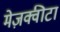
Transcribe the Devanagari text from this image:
मेज़क्वीटा